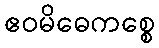
ဧဝမိဓေကစ္စေ